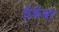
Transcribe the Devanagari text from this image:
टिकेश्वर